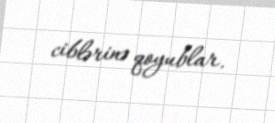
ciblərinə qoyublar.